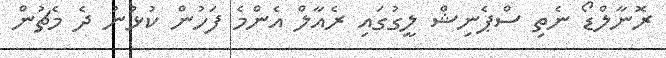
ރޮނާލްޑޯ ނެތި ސްޕެނިޝް ލީގުގައި ރެއާލް އެންމެ ފަހުން ކުޅުނު ދެ މެޗުން